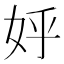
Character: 𡛚